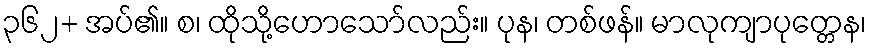
၃၆၂+ အပ်၏။ စ၊ ထိုသို့ဟောသော်လည်း။ ပုန၊ တစ်ဖန်။ မာလုကျာပုတ္တေန၊